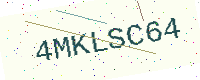
Text: 4MKLSC64